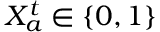
X _ { a } ^ { t } \in \{ 0 , 1 \}